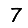
Digit: 7